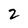
Character: 2